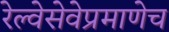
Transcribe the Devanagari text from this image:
रेल्वेसेवेप्रमाणेच